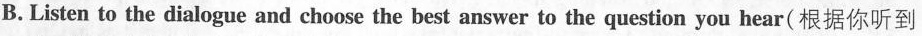
B. Listen to the dialogue and choose the best answer to the question you hear(根据你听到